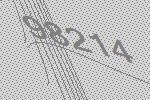
98214